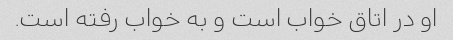
او در اتاق خواب است و به خواب رفته است.